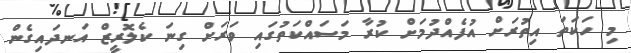
މި ހަކަތަ އިތުރަށް އުފެެއްދުމަށް ކުރާ މަސައްކަތުގައި ވަރަށް ގިނަ ކެލޮރީޒް އަނދައިގެން